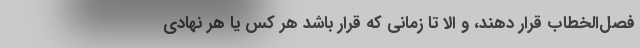
فصل‌الخطاب قرار دهند، و الا تا زمانی که قرار باشد هر کس یا هر نهادی